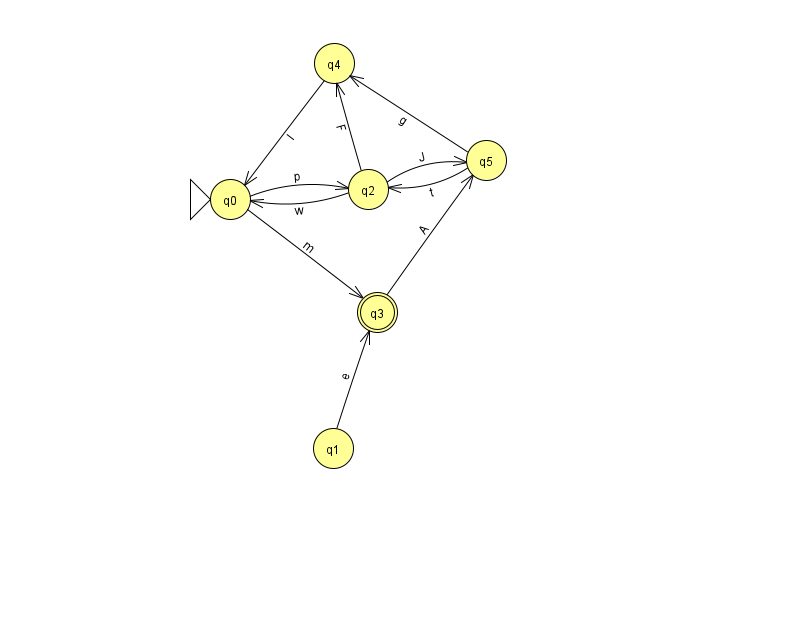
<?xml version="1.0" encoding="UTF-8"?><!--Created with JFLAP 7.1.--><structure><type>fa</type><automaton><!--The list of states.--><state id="0" name="q0"><x>230.0</x><y>186.0</y><initial/></state><state id="1" name="q1"><x>333.0</x><y>435.0</y></state><state id="2" name="q2"><x>368.0</x><y>176.0</y></state><state id="3" name="q3"><x>377.0</x><y>299.0</y><final/></state><state id="4" name="q4"><x>334.0</x><y>50.0</y></state><state id="5" name="q5"><x>486.0</x><y>147.0</y></state><!--The list of transitions.--><transition><from>5</from><to>2</to><read>t</read></transition><transition><from>1</from><to>3</to><read>e</read></transition><transition><from>2</from><to>0</to><read>w</read></transition><transition><from>2</from><to>4</to><read>F</read></transition><transition><from>3</from><to>5</to><read>A</read></transition><transition><from>4</from><to>0</to><read>l</read></transition><transition><from>2</from><to>5</to><read>J</read></transition><transition><from>0</from><to>2</to><read>p</read></transition><transition><from>0</from><to>3</to><read>m</read></transition><transition><from>5</from><to>4</to><read>g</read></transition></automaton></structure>